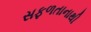
સફળતાનાથી